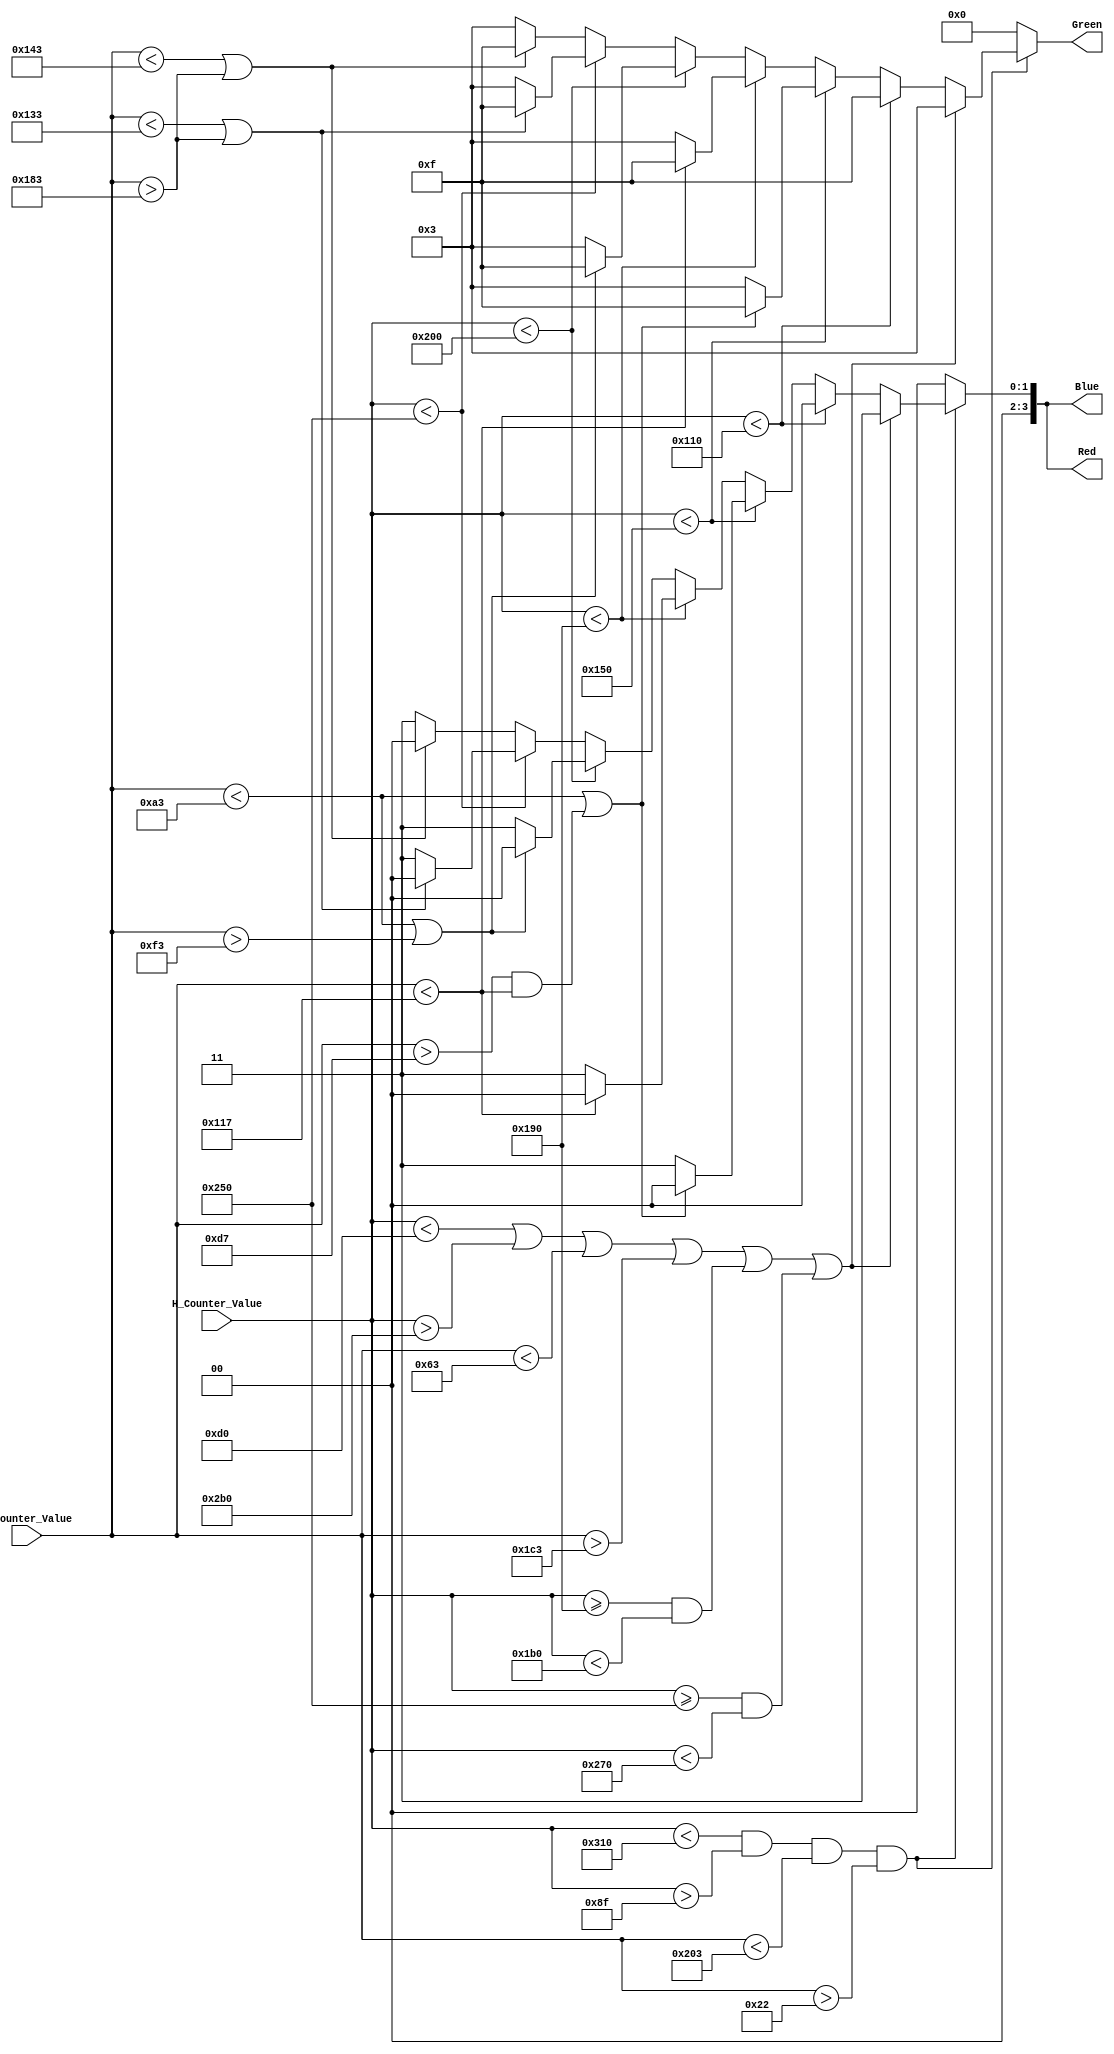
`timescale 1ns / 1ps
//////////////////////////////////////////////////////////////////////////////////
// Company: 
// Engineer: 
// 
// Design Name: 
// Module Name: p2_wins
// Project Name: 
// Target Devices: 
// Tool Versions: 
// Description: 
// 
// Dependencies: 
// 
// Revision:
// Revision 0.01 - File Created
// Additional Comments:
// 
//////////////////////////////////////////////////////////////////////////////////


module p2_wins(
    input [15:0] H_Counter_Value,
    input [15:0] V_Counter_Value,
    output reg [3:0] Red,
    output reg [3:0] Green,
    output reg [3:0] Blue
    );
    
    always @(*) begin
        if (!(H_Counter_Value < 784 && H_Counter_Value >143 && V_Counter_Value <515 && V_Counter_Value > 34)) begin
            Red = 4'h0; Blue = 4'h0; Green = 4'h0;
        end else if (H_Counter_Value < 208 || H_Counter_Value > 688 || V_Counter_Value < 99 || V_Counter_Value > 451 || (H_Counter_Value >= 400 && H_Counter_Value < 432) || (H_Counter_Value >= 592 && H_Counter_Value < 624)) begin
            // gray
            Red = 4'h3;
            Green = 4'h3;
            Blue = 4'h3;
        end else if (H_Counter_Value < 272) begin
            // green
            Red = 4'h0;
            Green = 4'hf;
            Blue = 4'h0;
        end else if (H_Counter_Value < 336) begin
            if (V_Counter_Value < 163 || (V_Counter_Value > 215 && V_Counter_Value < 279)) begin
                // green
                Red = 4'h0;
                Green = 4'hf;
                Blue = 4'h0;
            end else begin
                // gray
                Red = 4'h3;
                Green = 4'h3;
                Blue = 4'h3;
            end
        end else if (H_Counter_Value < 400) begin
            if (V_Counter_Value < 279) begin
                // green
                Red = 4'h0;
                Green = 4'hf;
                Blue = 4'h0;
            end else begin
                // gray
                Red = 4'h3;
                Green = 4'h3;
                Blue = 4'h3;
            end
        end else if (H_Counter_Value < 512) begin
            if (V_Counter_Value < 163 || V_Counter_Value > 243) begin
                // green
                Red = 4'h0;
                Green = 4'hf;
                Blue = 4'h0;
            end else begin
                // gray
                Red = 4'h3;
                Green = 4'h3;
                Blue = 4'h3;
            end
        end else if (H_Counter_Value < 592) begin
            if (V_Counter_Value < 307 || V_Counter_Value > 387) begin
                // green
                Red = 4'h0;
                Green = 4'hf;
                Blue = 4'h0;
            end else begin
                // gray
                Red = 4'h3;
                Green = 4'h3;
                Blue = 4'h3;
            end
        end else begin
            if (V_Counter_Value < 323 || V_Counter_Value > 387) begin
                // green
                Red = 4'h0;
                Green = 4'hf;
                Blue = 4'h0;
            end else begin
                // gray
                Red = 4'h3;
                Green = 4'h3;
                Blue = 4'h3;
            end
        end

    end
endmodule